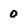
Character: 0